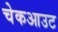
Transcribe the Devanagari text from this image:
चेकआउट